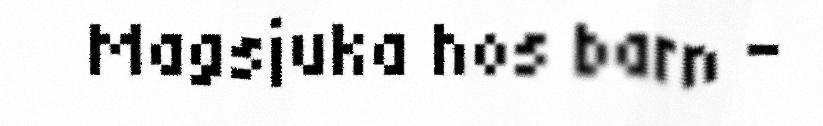
Magsjuka hos barn -